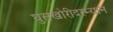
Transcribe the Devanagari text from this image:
घुसखोरीदरम्यान